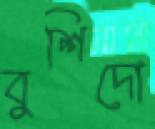
বুশিদো